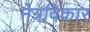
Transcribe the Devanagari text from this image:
नेत्रविकार